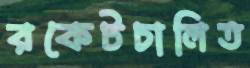
রকেটচালিত